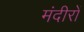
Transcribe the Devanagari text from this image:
मंदीरों